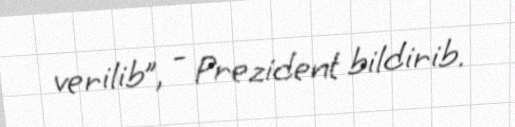
verilib”, - Prezident bildirib.